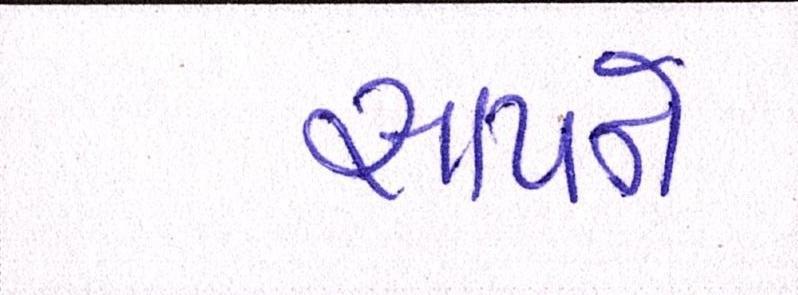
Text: સાપને